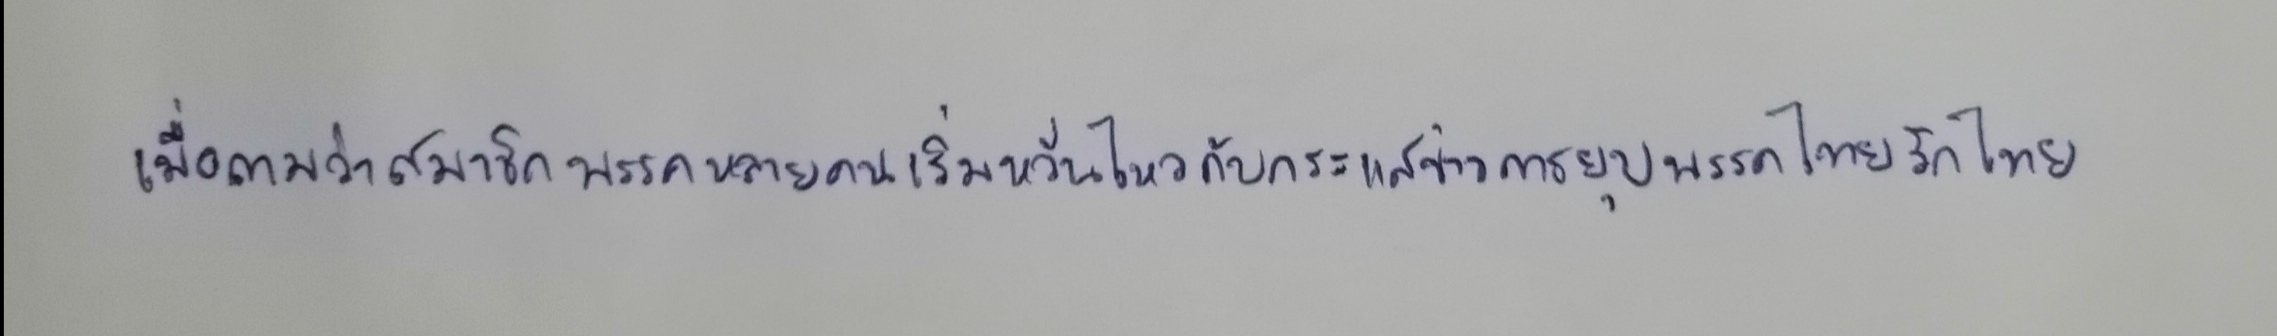
เมื่อถามว่าสมาชิกพรรคหลายคนเริ่มหวั่นไหวกับกระแสข่าวการยุบพรรคไทยรักไทย